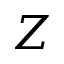
Z